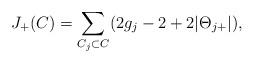
LaTeX: \begin{align*}J_+(C)=\sum_{C_j\subset C} (2g_j-2 +2|\Theta_{j+}|),\end{align*}